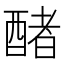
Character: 醏